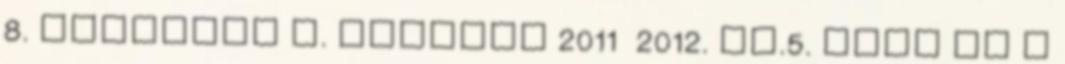
8. évfolyam I. forduló 2011 2012. XI.5. LÉGY TE A